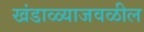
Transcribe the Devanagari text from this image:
खंडाळ्याजवळील